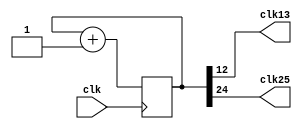
module clock_divider(clk13, clk25, clk);
input clk;
output clk25;
output clk13;

reg [24:0] num;
wire [24:0] next_num;

always @(posedge clk) begin
  num <= next_num;
end

assign next_num = num + 1;
assign clk25 = num[24];
assign clk13 = num[12];
endmodule